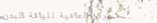
مركز العافية للياقة البدن